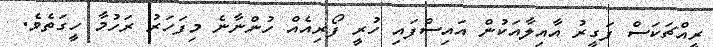
ރީއްޗަކަސް ފަގީރު އާއިލާއަކުން އައިސްފައި ހުރީ ފޯރިއެއް ހުންނާނެ މިފަހަރު ރަހުމާ ހީގަތެވެ.